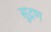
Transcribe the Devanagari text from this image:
सुद्रण